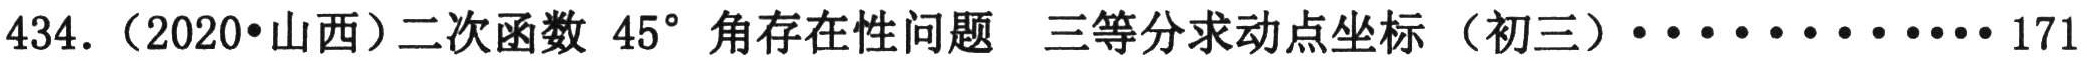
434.（2020•山西）二次函数 \(45^{\circ}\) 角存在性问题 三等分求动点坐标 （初三）············171